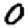
Digit: 0